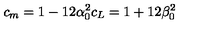
c _ { m } = 1 - 1 2 \alpha _ { 0 } ^ { 2 } c _ { L } = 1 + 1 2 \beta _ { 0 } ^ { 2 }